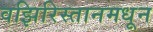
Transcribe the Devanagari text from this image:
वझिरिस्तानमधून